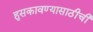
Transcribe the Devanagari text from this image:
हुसकावण्यासाठीची